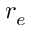
r _ { e }